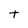
Character: t